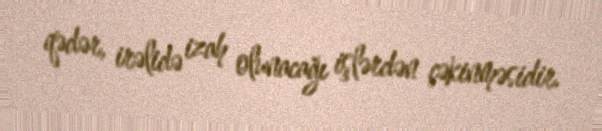
qədər, irəlidə izah olunacağı işlərdən çəkinməsidir.